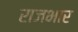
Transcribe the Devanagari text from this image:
राजभार